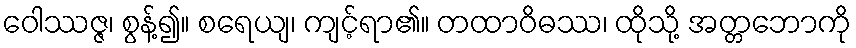
ဝေါဿဇ္ဇ၊ စွန့်၍။ စရေယျ၊ ကျင့်ရာ၏။ တထာဝိဓဿ၊ ထိုသို့ အတ္တဘောကို